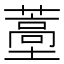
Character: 𬞩